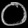
Digit: ၀